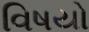
વિષયો